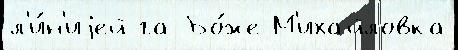
л'и́н'иjей га Бо́же М'ихайловка